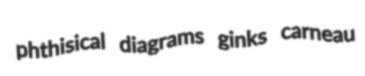
phthisical diagrams ginks carneau